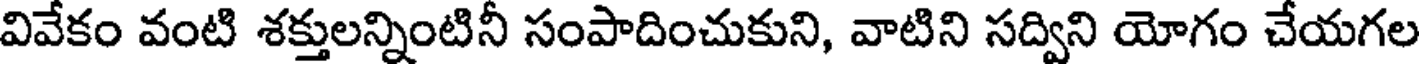
వివేకం వంటి శక్తులన్నింటినీ సంపాదించుకుని, వాటిని సద్విని యోగం చేయగల